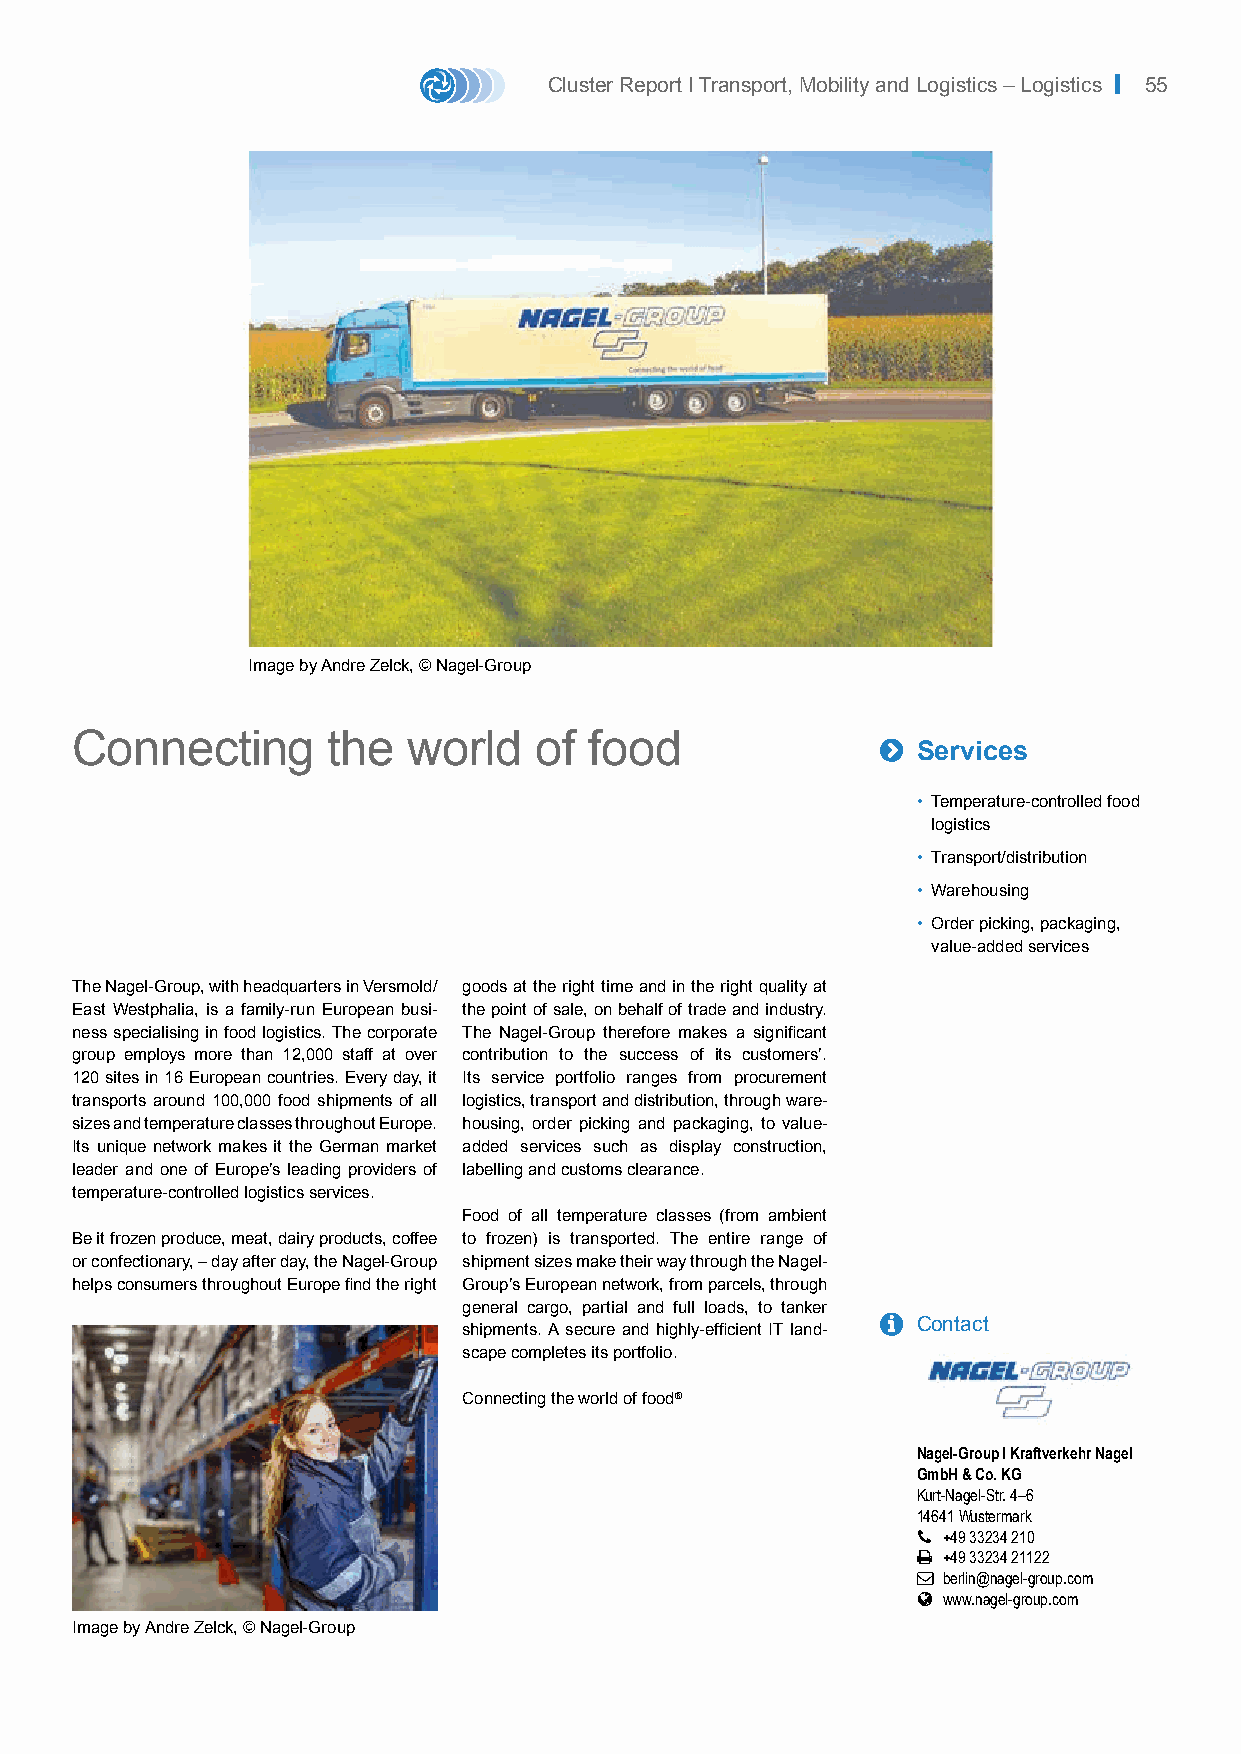
Cluster Report I Transport, Mobility and Logistics – Logistics | 55
 Image by Andre Zelck, © Nagel-Group
 Connecting       the  world   of  food               
 Services
 • Temperature-controlled food
 logistics
 • Transport/distribution
 • Warehousing
 • Order picking, packaging,
 value-added services
 The Nagel-Group, with headquarters in Versmold/ goods at the right time and in the right quality at
 East Westphalia, is a family-run European busi- the point of sale, on behalf of trade and industry.
 ness specialising in food logistics. The corporate The Nagel-Group therefore makes a significant
 group employs more than 12,000 staff at over contribution to the success of its customers’.
 120 sites in 16 European countries. Every day, it Its service portfolio ranges from procurement
 transports around 100,000 food shipments of all logistics, transport and distribution, through ware-
 sizes and temperature classes throughout Europe. housing, order picking and packaging, to value-
 Its unique network makes it the German market added services such as display construction,
 leader and one of Europe’s leading providers of labelling and customs clearance.
 temperature-controlled logistics services.
 Food of all temperature classes (from ambient
 Be it frozen produce, meat, dairy products, coffee to frozen) is transported. The entire range of
 or confectionary, – day after day, the Nagel-Group shipment sizes make their way through the Nagel-
 helps consumers throughout Europe find the right Group’s European network, from parcels, through
 general cargo, partial and full loads, to tanker
   Contact
 shipments. A secure and highly-efficient IT land-
 scape completes its portfolio.
 Connecting the world of food®
 Nagel-Group I Kraftverkehr Nagel
 GmbH & Co. KG
 Kurt-Nagel-Str. 4–6
 14641 Wustermark
  +49 33234 210
  +49 33234 21122
  berlin@nagel-group.com
  www.nagel-group.com
 Image by Andre Zelck, © Nagel-Group